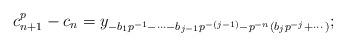
LaTeX: \begin{align*}c_{n+1}^p - c_n = y_{-b_1p^{-1} -\cdots - b_{j-1} p^{-(j-1)} - p^{-n}(b_j p^{-j} + \cdots)};\end{align*}